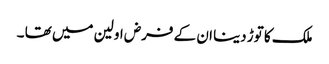
ملک کا توڑ دینا ان کے فرض اولین میں تھا ۔